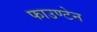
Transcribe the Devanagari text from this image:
फाउण्टेन